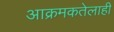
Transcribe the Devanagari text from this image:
आक्रमकतेलाही